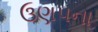
ઉણપના